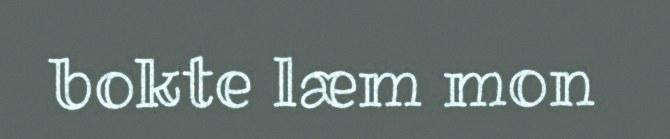
bokte læm mon